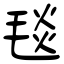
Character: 毯